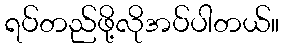
ရပ်တည်ဖို့လိုအပ်ပါတယ်။